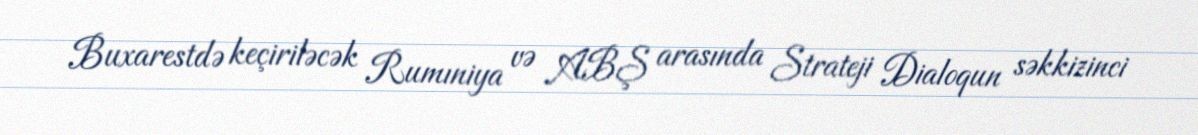
Buxarestdə keçiriləcək Rumıniya və ABŞ arasında Strateji Dialoqun səkkizinci